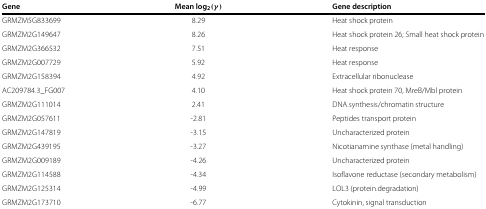
<table><thead><tr><td><b>Gene</b></td><td><b>Mean log<sub>2</sub>(<i>γ</i>)</b></td><td><b>Gene description</b></td></tr></thead><tbody><tr><td>GRMZM5G833699</td><td>8.29</td><td>Heat shock protein</td></tr><tr><td>GRMZM2G149647</td><td>8.26</td><td>Heat shock protein 26; Small heat shock protein</td></tr><tr><td>GRMZM2G366532</td><td>7.51</td><td>Heat response</td></tr><tr><td>GRMZM2G007729</td><td>5.92</td><td>Heat response</td></tr><tr><td>GRMZM2G158394</td><td>4.92</td><td>Extracellular ribonuclease</td></tr><tr><td>AC209784.3_FG007</td><td>4.10</td><td>Heat shock protein 70, MreB/Mbl protein</td></tr><tr><td>GRMZM2G111014</td><td>2.41</td><td>DNA.synthesis/chromatin structure</td></tr><tr><td>GRMZM2G057611</td><td>-2.81</td><td>Peptides transport protein</td></tr><tr><td>GRMZM2G147819</td><td>-3.15</td><td>Uncharacterized protein</td></tr><tr><td>GRMZM2G439195</td><td>-3.27</td><td>Nicotianamine synthase (metal handling)</td></tr><tr><td>GRMZM2G009189</td><td>-4.26</td><td>Uncharacterized protein</td></tr><tr><td>GRMZM2G114588</td><td>-4.34</td><td>Isoflavone reductase (secondary metabolism)</td></tr><tr><td>GRMZM2G125314</td><td>-4.99</td><td>LOL3 (protein.degradation)</td></tr><tr><td>GRMZM2G173710</td><td>-6.77</td><td>Cytokinin, signal transduction</td></tr></tbody></table>